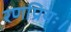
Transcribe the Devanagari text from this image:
रणप्रियः।